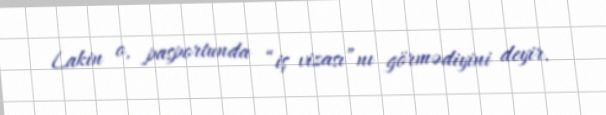
Lakin o, pasportunda “iş vizası”nı görmədiyini deyir.